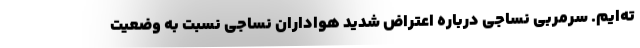
ته‌ایم. سرمربی نساجی درباره اعتراض شدید هواداران نساجی نسبت به وضعیت